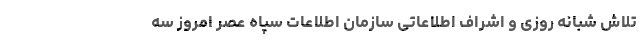
تلاش شبانه روزی و اشراف اطلاعاتی سازمان اطلاعات سپاه عصر امروز سه